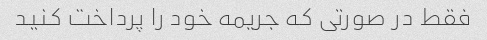
فقط در صورتی که جریمه خود را پرداخت کنید